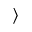
\rangle